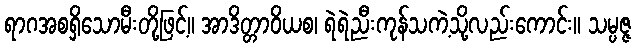
ရာဂအစရှိသောမီးတို့ဖြင့်။ အာဒိတ္တာဝိယစ၊ ရဲရဲညီးကုန်သကဲ့သို့လည်းကောင်း။ သမ္ပဇ္ဇ